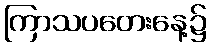
ကြာသပတေးနေ့၌